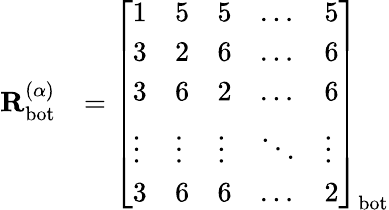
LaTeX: \begin{array}{rl}{\mathbf{R}_{\mathrm{bot}}^{(\alpha)}}&{=\left[\begin{array}{lllll}{1}&{5}&{5}&{\dots}&{5}\\ {3}&{2}&{6}&{\dots}&{6}\\ {3}&{6}&{2}&{\dots}&{6}\\ {\vdots}&{\vdots}&{\vdots}&{\ddots}&{\vdots}\\ {3}&{6}&{6}&{\dots}&{2}\end{array}\right]_{\mathrm{bot}}}\end{array}